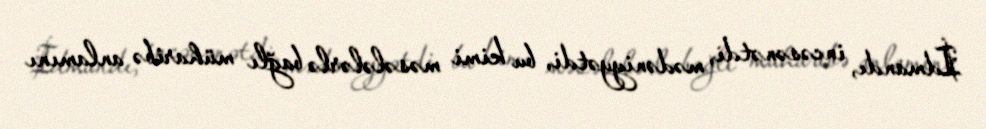
İdmandı, incəsənətdi, mədəniyyətdi, bu kimi məsələlərlə bağlı müharibə anlamını